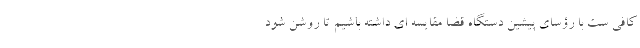
کافی ست با رؤسای پیشین دستگاه قضا مقایسه ای داشته باشیم تا روشن شود